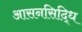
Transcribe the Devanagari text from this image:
आसनसिद्धि